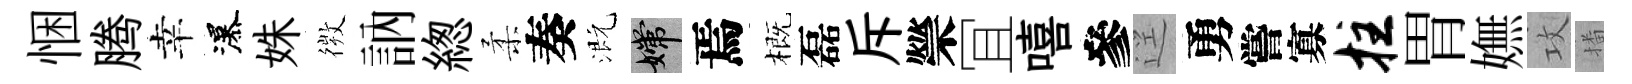
悃腾幸瀑姝𢕄訥緫柔奏溉嫦焉概磊斥禜冝嘻參逕勇嘗寡拄胃嫵攻播